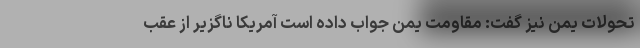
تحولات یمن نیز گفت: مقاومت یمن جواب داده است آمریکا ناگزیر از عقب